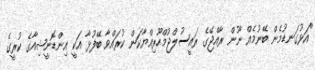
"އަޅުގަނޑުމެން ބޭނުމެއް ނޫން ރާއްޖޭގެ ރައީސުލްޖުމްހޫރިއްޔާކަން ކުރައްވާ ބޭފުޅާ އަކީ އިންޑޮނީޝިއާގެ ކުރީގެ